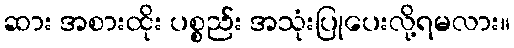
ဆား အစားထိုး ပစ္စည်း အသုံးပြုပေးလို့ရမလား။